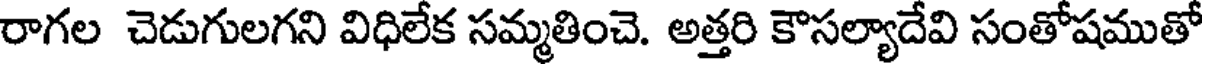
రాగల చెడుగులగని విధిలేక సమ్మతించె. అత్తరి కౌసల్యాదేవి సంతోషముతో